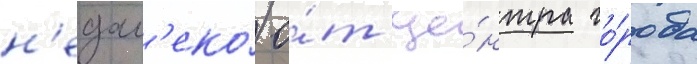
н'едал'еко́ о́т це́нтра го́рода